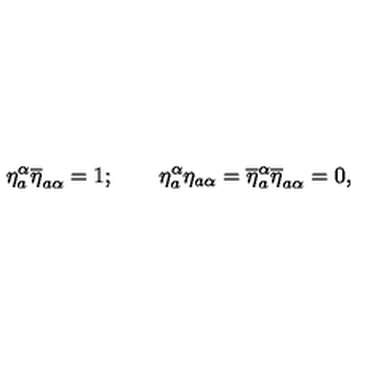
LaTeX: \eta _ { a } ^ { \alpha } \overline { { \eta } } _ { a \alpha } = 1 ; \qquad \eta _ { a } ^ { \alpha } { \eta } _ { a \alpha } = \overline { { \eta } } _ { a } ^ { \alpha } \overline { { \eta } } _ { a \alpha } = 0 ,